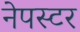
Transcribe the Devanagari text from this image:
नेपस्टर